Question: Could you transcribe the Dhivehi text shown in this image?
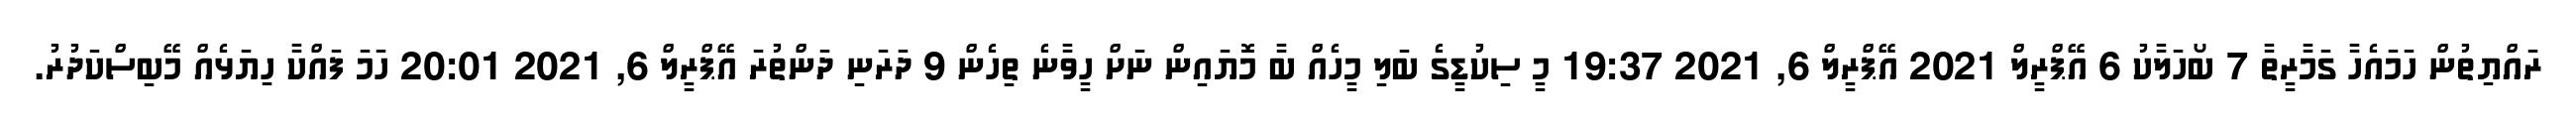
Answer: ރައްޔިތުން ހަމައެހާ ގަމާރީތާ 7 ބޯހަލާކު 6 އޭޕްރީލް 2021 އޭޕްރީލް 6, 2021 19:37 މީ ސިކުޑީގެ ބަލި މީހެއް ބާ މޮޔައިން ނަށް ހީވާނެ ތިހެން 9 ދަރަނި ދަންތުރަ އޭޕްރީލް 6, 2021 20:01 ހަމަ ފައްކާ ހިޔަޅެއް މޭބިސްކަދުރު.